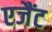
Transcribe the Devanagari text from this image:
एजैंट